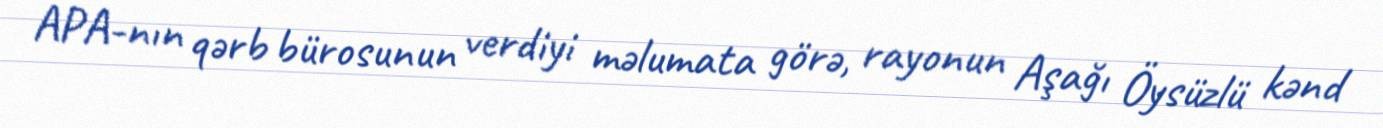
APA-nın qərb bürosunun verdiyi məlumata görə, rayonun Aşağı Öysüzlü kənd